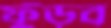
ফুঁড়ব